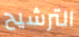
الترشيح